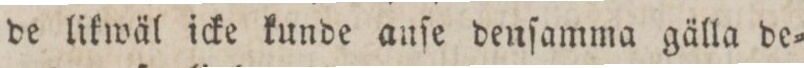
de likwäl icke kunde auſe denſamma gälla de=